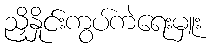
ညှိနှိုင်းကွပ်ကဲရေးမှူး